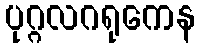
ပုဂ္ဂလဂရုကေန